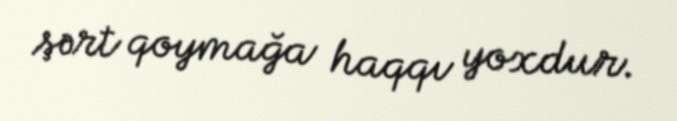
şərt qoymağa haqqı yoxdur.